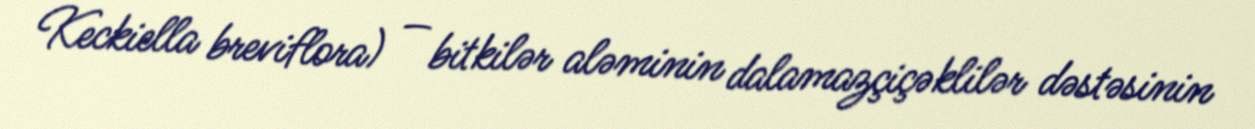
Keckiella breviflora) — bitkilər aləminin dalamazçiçəklilər dəstəsinin